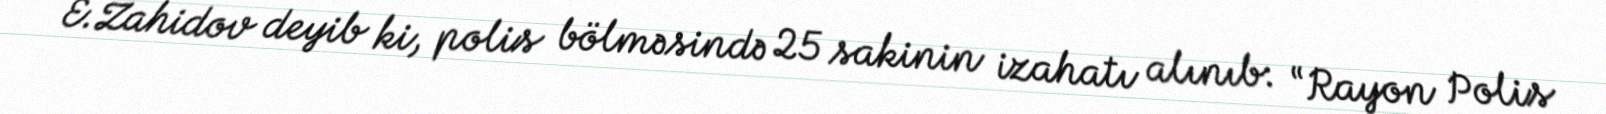
E.Zahidov deyib ki, polis bölməsində 25 sakinin izahatı alınıb: “Rayon Polis